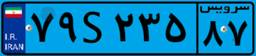
۳۸S۴۴۳۳۶